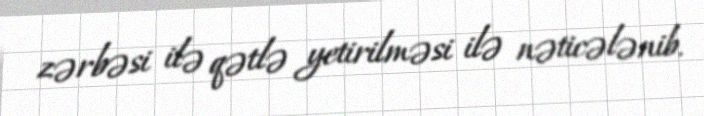
zərbəsi ilə qətlə yetirilməsi ilə nəticələnib.